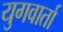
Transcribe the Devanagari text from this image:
युगवार्ता